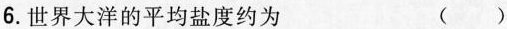
6.世界大洋的平均盐度约为 ()